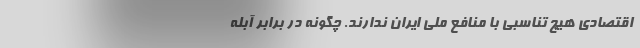
اقتصادی هیچ تناسبی با منافع ملی ایران ندارند. چگونه در برابر آبله